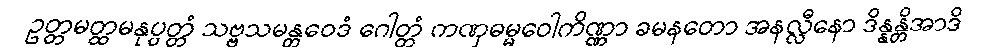
ဥတ္တမတ္ထမနုပ္ပတ္တံ သဗ္ဗသမန္တဝေဒံ ဂေါတ္တံ ကဏှဓမ္မဝေါကိဏ္ဏာ ခမနတော အနလ္လီနော ဒိန္နန္တိအာဒိ